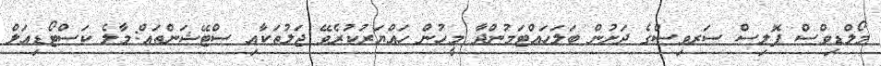
މޯލްޑިވްސް ޕޮލިސް ސަރވިސްގެ ދަށުން ބަލަހައްޓަމުންދާ މީހުން ހައްޔަރުކުރެވޭ ޖަލުތަކާއި ސްޓޭޝަންތައް:މާލެ ކަސްޓޯޑިއަލް